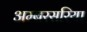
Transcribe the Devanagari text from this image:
अम्बरसरिया